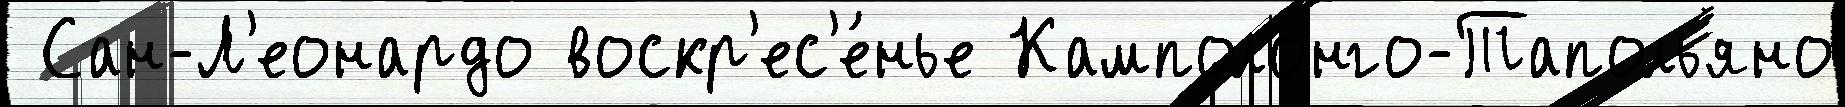
 Сан-Л'еонардо воскр'ес'е́нье Камполонго-Тапольяно